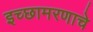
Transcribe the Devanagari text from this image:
इच्छामरणाचे